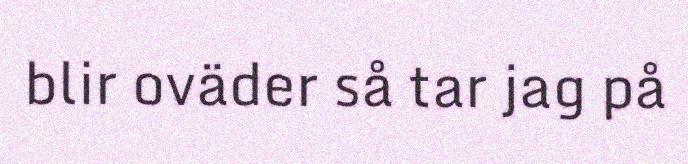
blir oväder så tar jag på